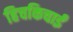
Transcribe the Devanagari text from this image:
हिचकिचाईं